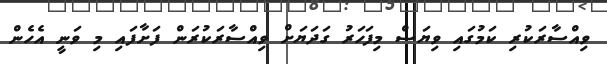
ވިއްސާރަކުރި ކަމުގައި ވިޔަސް މިފަހަރު ގަދަޔަށް ވިއްސާރަކުރަން ފަށާފައި މި ވަނީ އެހެން